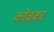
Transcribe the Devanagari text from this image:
कोंचकर